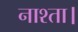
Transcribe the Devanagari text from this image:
नाश्ता।